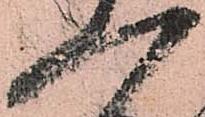
一